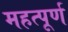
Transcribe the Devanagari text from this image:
महत्‍पूर्ण